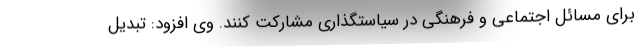
برای مسائل اجتماعی و فرهنگی در سیاستگذاری مشارکت کنند. وی افزود: تبدیل